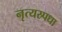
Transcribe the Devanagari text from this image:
नृत्यस्र्पधा